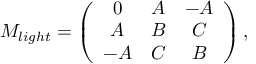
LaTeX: M _ { l i g h t } = \left( \begin{array} { c c c } { { 0 } } & { { A } } & { { - A } } \\ { { A } } & { { B } } & { { C } } \\ { { - A } } & { { C } } & { { B } } \end{array} \right) ,